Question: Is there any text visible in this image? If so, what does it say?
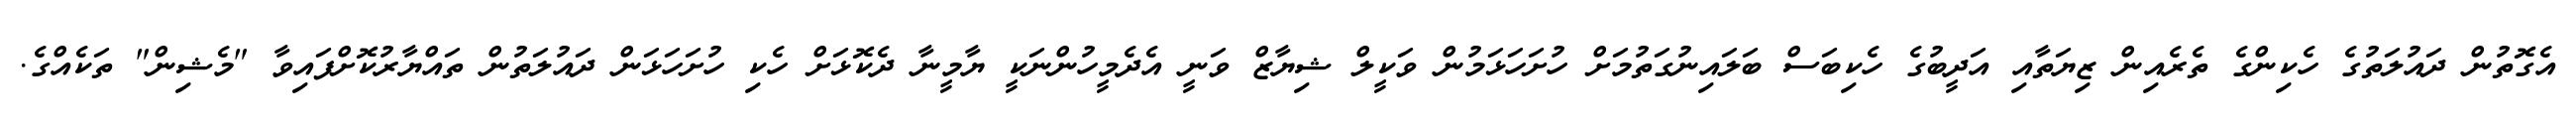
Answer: އެގޮތުން ދައުލަތުގެ ހެކިންގެ ތެރެއިން ޒިޔަތާއި އަދީބުގެ ހެކިބަސް ބަލައިނުގަތުމަށް ހުށަހަޅަމުން ވަކީލް ޝިޔާޒް ވަނީ އެދެމީހުންނަކީ ޔާމީނާ ދެކޮޅަށް ހެކި ހުށަހަޅަން ދައުލަތުން ތައްޔާރުކޮށްފައިވާ "މެޝިން" ތަކެއްގެ.